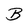
Character: B